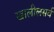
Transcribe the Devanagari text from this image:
खालीलसर्व